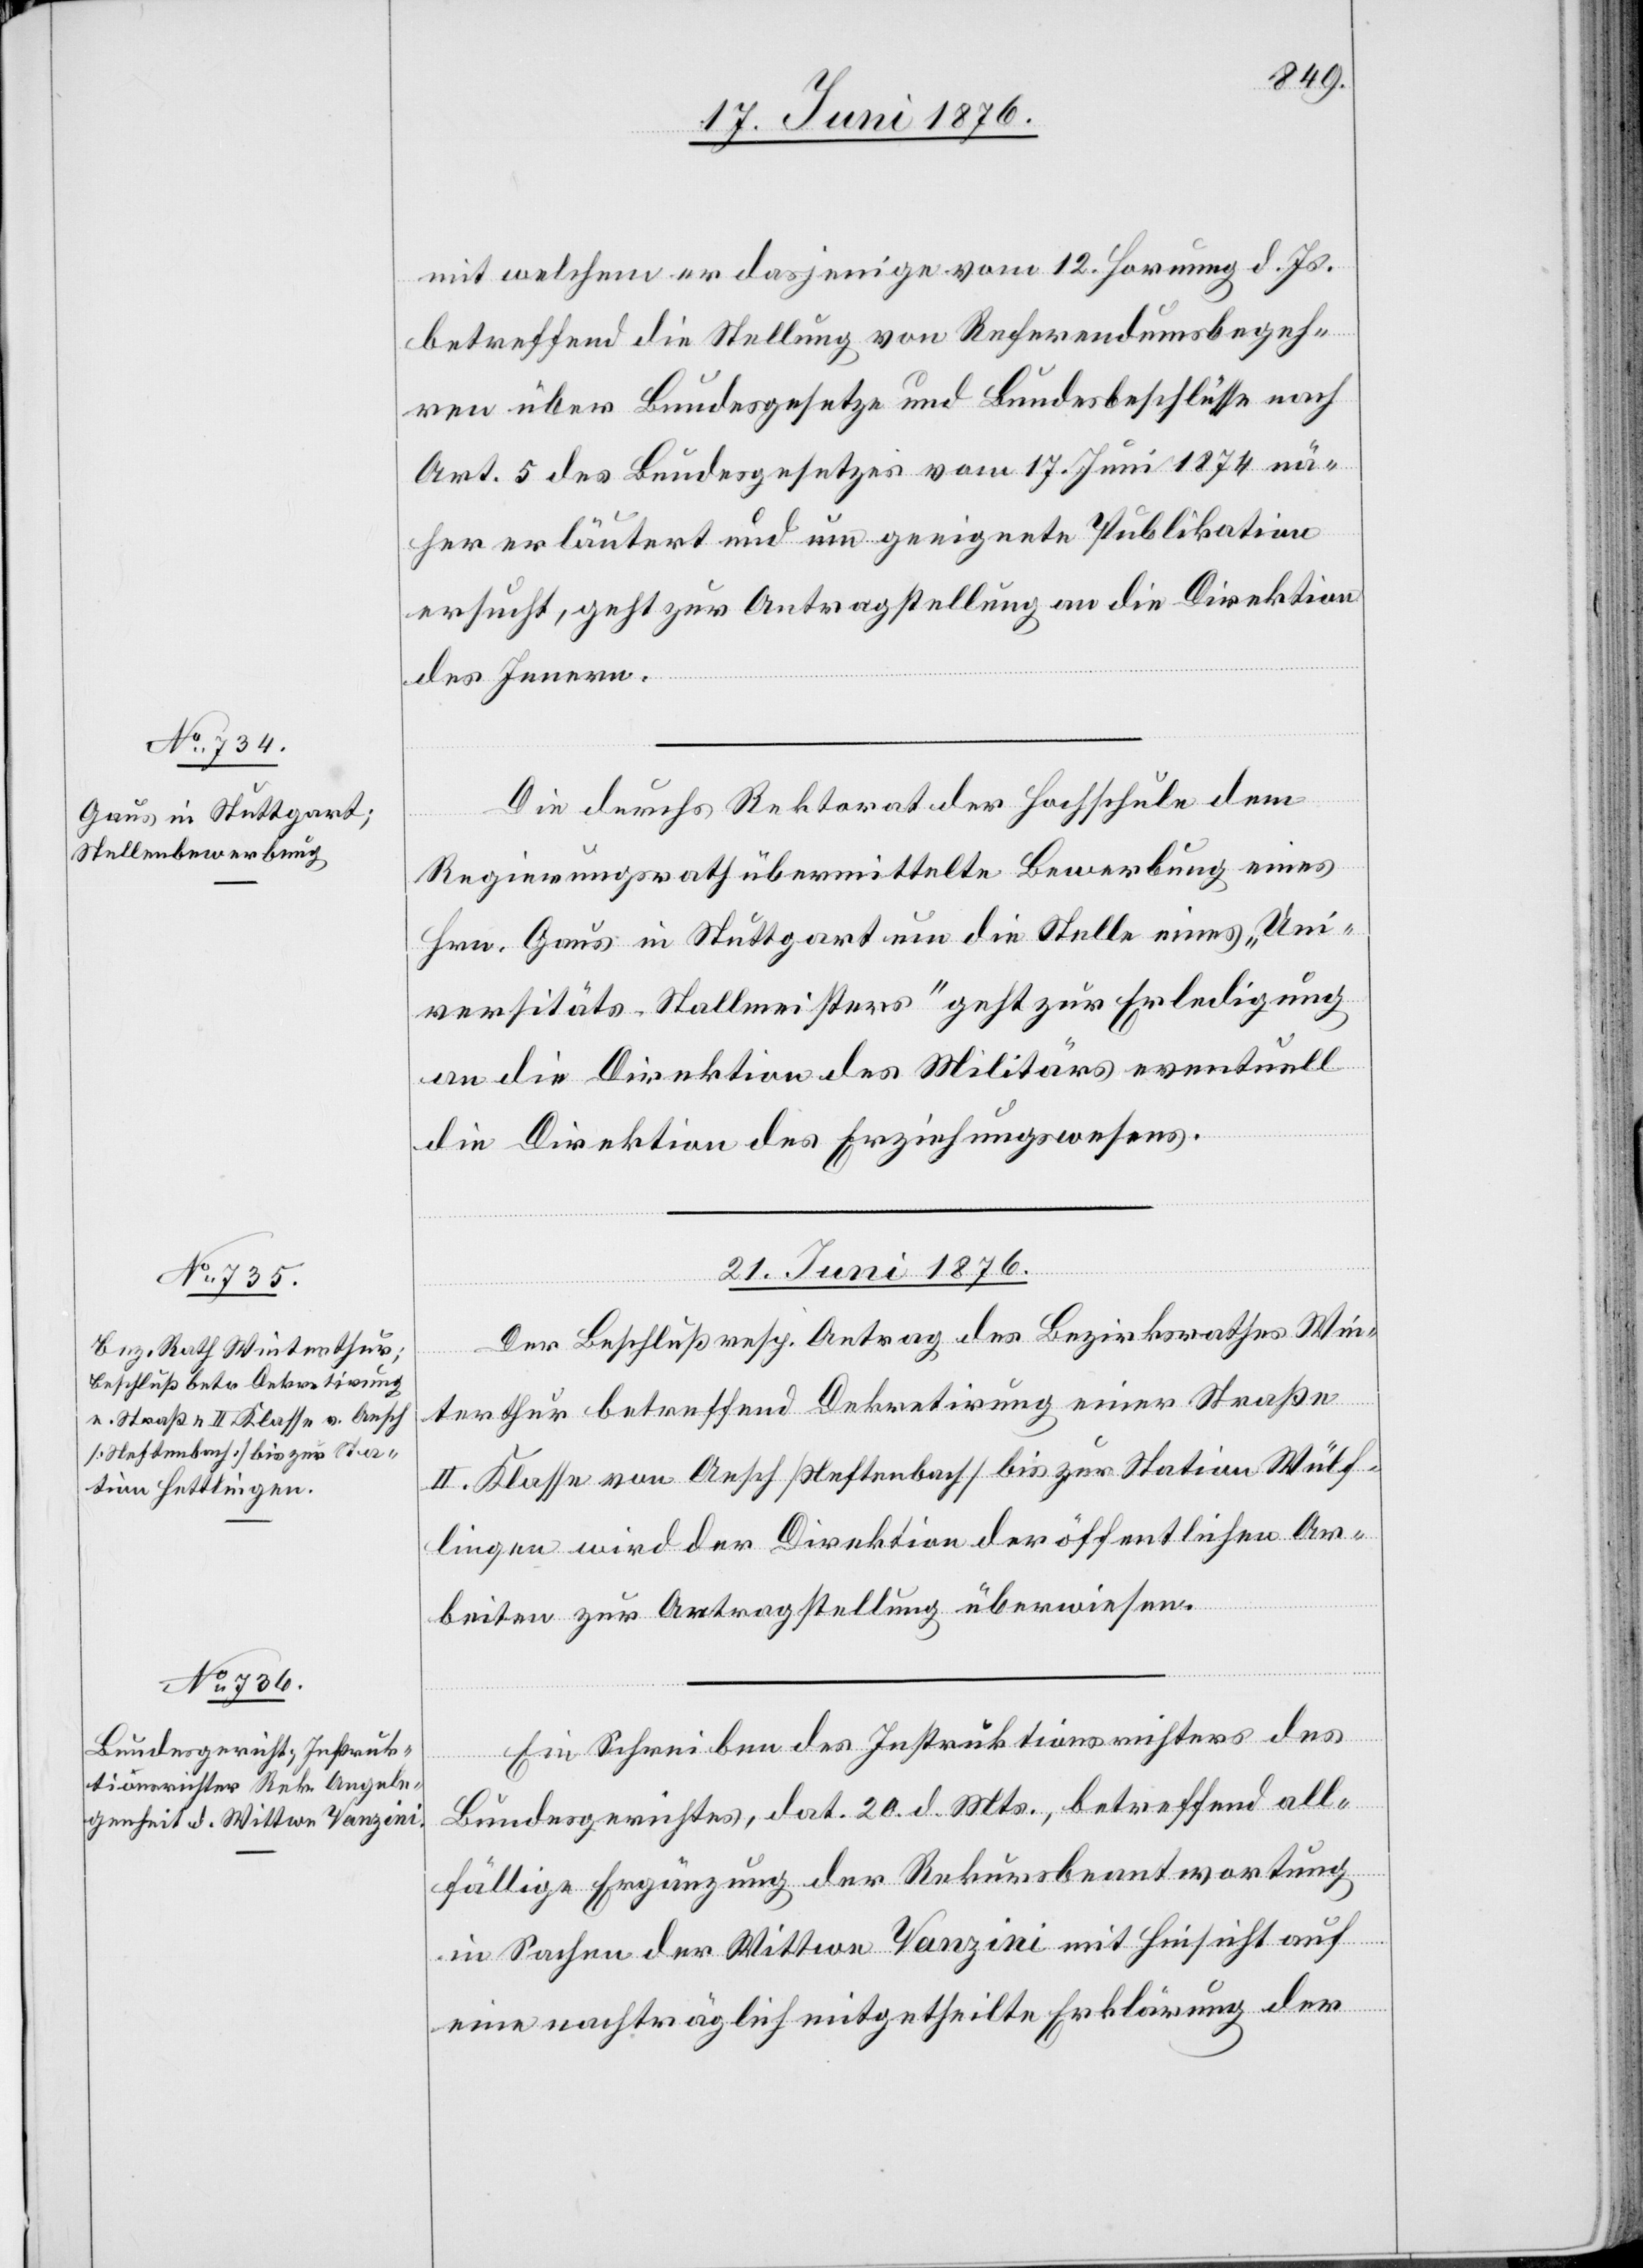
mit welchem er dasjenige vom 12. Hornung d. Js.
betreffen die Stellung von Referendumsbegeh¬
ren über Bundesgesetze und Bundesbeschlüsse nach
Art. 5 des Bundesgesetzes vom 17 Juni 1874 nä¬
her erläutert und um geeignete Publikation
ersucht, geht zur Antragstellung an die Direktion
des Innern.
Ar¬
Die durchs Rektorat der Hochschule dem
Regierungsrath übermittelte Bewerbung eines
Hrn. Gaus in Stuttgart um die Stelle eines „Uni¬
versitäts-Stallmeisters“ geht zur Erledigung
an die Direktion des Militärs eventuell
die Direktion des Erziehungswesens.
21. Juni 1876.]
Der Beschluß resp. Antrag des Bezirksrathes Win¬
terthur betreffend Dekretirung einer Straße
II. Klasse von Aesch [Neftenbach] bis zur Station Wülf¬
beiten zur Antragstellung überwiesen.
Ein Schreiben des Instruktionsrichters des
Bundesgerichtes, dat. 20. d. Mts., betreffend all¬
fällige Ergänzung der Rekursbeantwortung
in Sachen der Wittwe Vanzini mit Hinsicht auf
eine nachträglich mitgetheilte Erklärung der